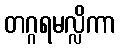
တဂ္ဂရမလ္လိကာ